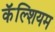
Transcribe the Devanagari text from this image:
कॅॅल्शियम